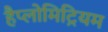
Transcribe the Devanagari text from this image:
हैप्लोमिट्रियम